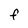
Character: f